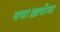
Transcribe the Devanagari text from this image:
गया।ख़दीजा